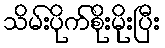
သိမ်းပိုက်စိုးမိုးပြီး